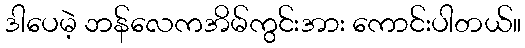
ဒါပေမဲ့ ဘန်လေကအိမ်ကွင်းအား ကောင်းပါတယ်။